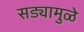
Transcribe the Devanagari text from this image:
सड्यामुळे